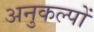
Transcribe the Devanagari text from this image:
अनुकल्पों